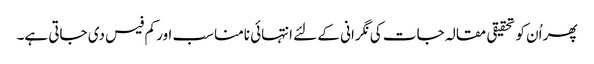
پھر اُن کو تحقیقی مقالہ جات کی نگرانی کے لئے انتہائی نامناسب اور کم فیس دی جاتی ہے۔